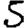
Digit: 5